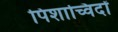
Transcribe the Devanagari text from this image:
पिशाच्विदों